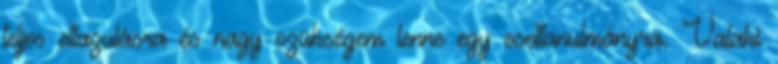
teljes ellazulásra és nagy szükségem lenne egy esettanulmányra. Valaki